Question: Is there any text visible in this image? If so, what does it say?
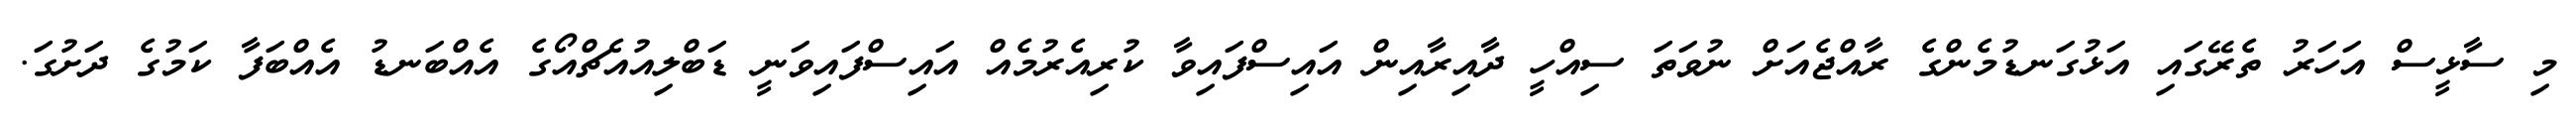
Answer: މި ސާޅީސް އަހަރު ތެރޭގައި އަޅުގަނޑުމެންގެ ރާއްޖެއަށް ނުވަތަ ސިއްހީ ދާއިރާއިން އައިސްފައިވާ ކުރިއެރުމެއް އައިސްފައިވަނީ ޑަބްލިއުއެޗްއޯގެ އެއްބަނޑު އެއްބަފާ ކަމުގެ ދަށުގަ.